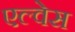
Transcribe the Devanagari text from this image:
एल्वेस